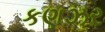
કણઝર